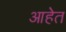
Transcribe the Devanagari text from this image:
आहेेत